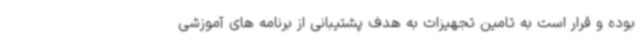
بوده و قرار است به تامین تجهیزات به هدف پشتیبانی از برنامه های آموزشی